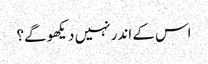
اس کے اندر نہیں دیکھو گے؟